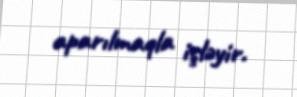
aparılmaqla işləyir.